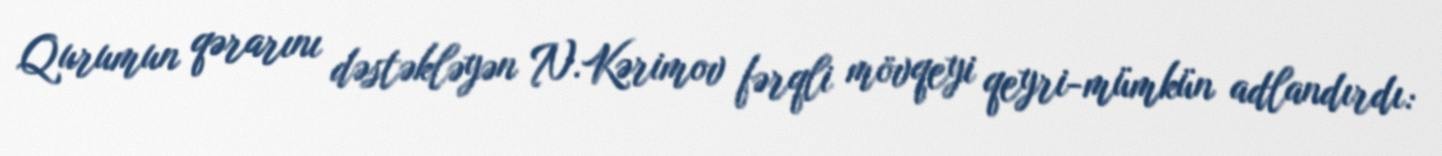
Qurumun qərarını dəstəkləyən N.Kərimov fərqli mövqeyi qeyri-mümkün adlandırdı: